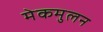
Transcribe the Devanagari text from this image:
मेकमुलन